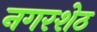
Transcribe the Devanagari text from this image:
नगरशेठ